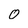
Character: O